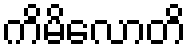
ကိမိလောတိ